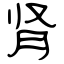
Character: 肾